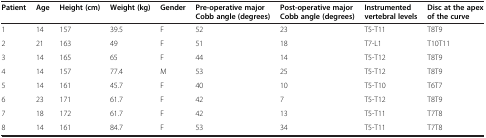
<table><thead><tr><td><b>Patient</b></td><td><b>Age</b></td><td><b>Height (cm)</b></td><td><b>Weight (kg)</b></td><td><b>Gender</b></td><td><b>Pre-operative major Cobb angle (degrees)</b></td><td><b>Post-operative major Cobb angle (degrees)</b></td><td><b>Instrumented vertebral levels</b></td><td><b>Disc at the apex of the curve</b></td></tr></thead><tbody><tr><td>1</td><td>14</td><td>157</td><td>39.5</td><td>F</td><td>52</td><td>23</td><td>T5-T11</td><td>T8T9</td></tr><tr><td>2</td><td>21</td><td>163</td><td>49</td><td>F</td><td>51</td><td>18</td><td>T7-L1</td><td>T10T11</td></tr><tr><td>3</td><td>14</td><td>165</td><td>65</td><td>F</td><td>44</td><td>14</td><td>T5-T12</td><td>T8T9</td></tr><tr><td>4</td><td>14</td><td>157</td><td>77.4</td><td>M</td><td>53</td><td>25</td><td>T5-T12</td><td>T8T9</td></tr><tr><td>5</td><td>14</td><td>161</td><td>45.7</td><td>F</td><td>40</td><td>10</td><td>T5-T10</td><td>T6T7</td></tr><tr><td>6</td><td>23</td><td>171</td><td>61.7</td><td>F</td><td>42</td><td>7</td><td>T5-T12</td><td>T8T9</td></tr><tr><td>7</td><td>18</td><td>172</td><td>61.7</td><td>F</td><td>42</td><td>13</td><td>T5-T11</td><td>T7T8</td></tr><tr><td>8</td><td>14</td><td>161</td><td>84.7</td><td>F</td><td>53</td><td>34</td><td>T5-T11</td><td>T7T8</td></tr></tbody></table>